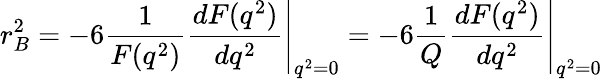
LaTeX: r_{B}^{2}=-6\left.\frac{1}{F(q^{2})}\frac{dF(q^{2})}{dq^{2}}\right|_{q^{2}=0}=-6\left.\frac{1}{Q}\frac{dF(q^{2})}{dq^{2}}\right|_{q^{2}=0}